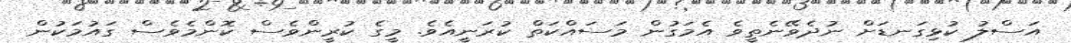
އަސްލު ކުޅިގަނޑަށް ނުދެވޭނެތީވެ އެމަގުން މަސައްކަތް ކުރަނީއެވެ. މީގެ ކުރީންވެސް ކޮންމެވެސް ގައުމަކުން